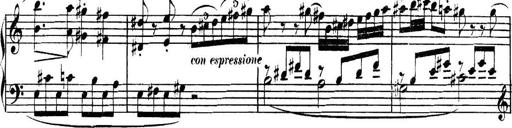
Title: Collected Piano Sonatas
Composer: Muzio Clementi